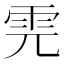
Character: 𩂁